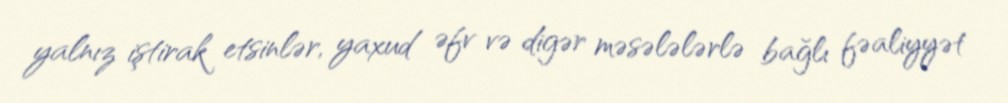
yalnız iştirak etsinlər, yaxud əfv və digər məsələlərlə bağlı fəaliyyət